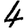
Digit: 4